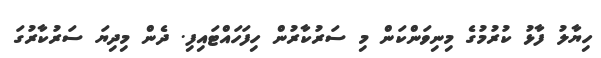
ހިޔާލު ފާޅު ކުރުމުގެ މިނިވަންކަން މި ސަރުކާރުން ހިފަހައްޓައިފި. ދެން މިދިޔަ ސަރުކާރުގަ